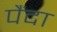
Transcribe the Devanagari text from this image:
पैंदा